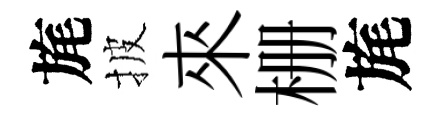
旄披來栅旄